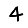
Digit: 4